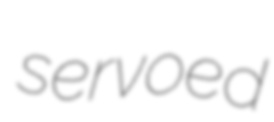
servoed